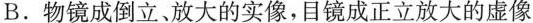
B.物镜成倒立、放大的实像，目镜成正立放大的虚像